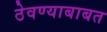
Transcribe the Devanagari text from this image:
ठेवण्याबाबत